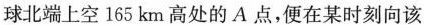
球北端上空165km高处的A点，便在某时刻向该